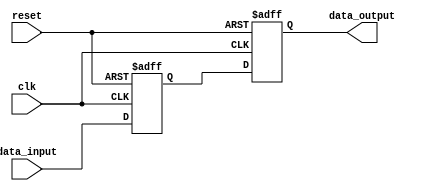
module io_buffer (
    input clk,
    input reset,
    input data_input,
    output reg data_output
);

reg buffer;

always @ (posedge clk or posedge reset) begin
    if (reset) begin
        buffer <= 1'b0;
        data_output <= 1'b0;
    end else begin
        buffer <= data_input;
        data_output <= buffer;
    end
end

endmodule